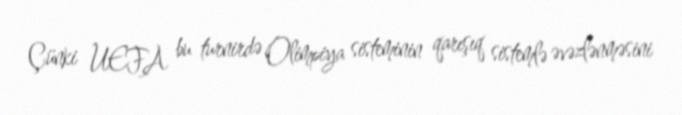
Çünki UEFA bu turnirdə Olimpiya sisteminin qarışıq sistemlə əvəzlənməsini